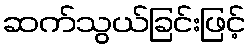
ဆက်သွယ်ခြင်းဖြင့်